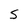
Character: S